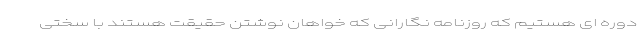
دوره ای هستیم که روزنامه نگارانی که خواهان نوشتن حقیقت هستند با سختی